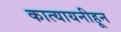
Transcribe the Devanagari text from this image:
कात्यायनीहून